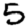
Digit: 5